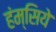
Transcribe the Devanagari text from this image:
हंम्सिये